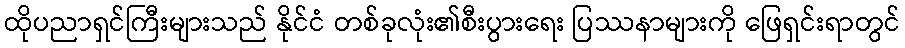
ထိုပညာရှင်ကြီးများသည် နိုင်ငံ တစ်ခုလုံး၏စီးပွားရေး ပြဿနာများကို ဖြေရှင်းရာတွင်